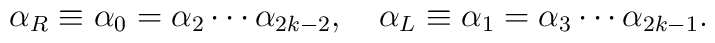
\alpha_{R}\equiv \alpha_{0}= \alpha_{2} \cdots\alpha_{2k-2}, \quad\alpha_{L}\equiv \alpha_{1}= \alpha_{3} \cdots\alpha_{2k-1}.